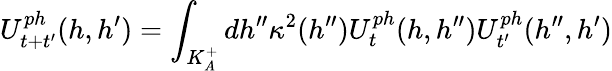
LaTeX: U_{t+t^{\prime}}^{ph}(h,h^{\prime})=\int_{K_{A}^{+}}dh^{\prime\prime}\kappa^{2}(h^{\prime\prime})U_{t}^{ph}(h,h^{\prime\prime})U_{t^{\prime}}^{ph}(h^{\prime\prime},h^{\prime})